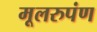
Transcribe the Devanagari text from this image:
मूलरुपंण